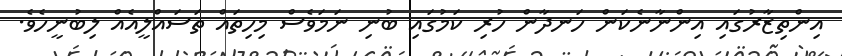
އިންތިޒާރުގައި އިންނާނެކަން ހަނދާން ހުރި ކަމުގައި ބުނި ނަމަވެސް މިހިތައް ތަސައްލީއެއް ލިބުނީހެވެ.